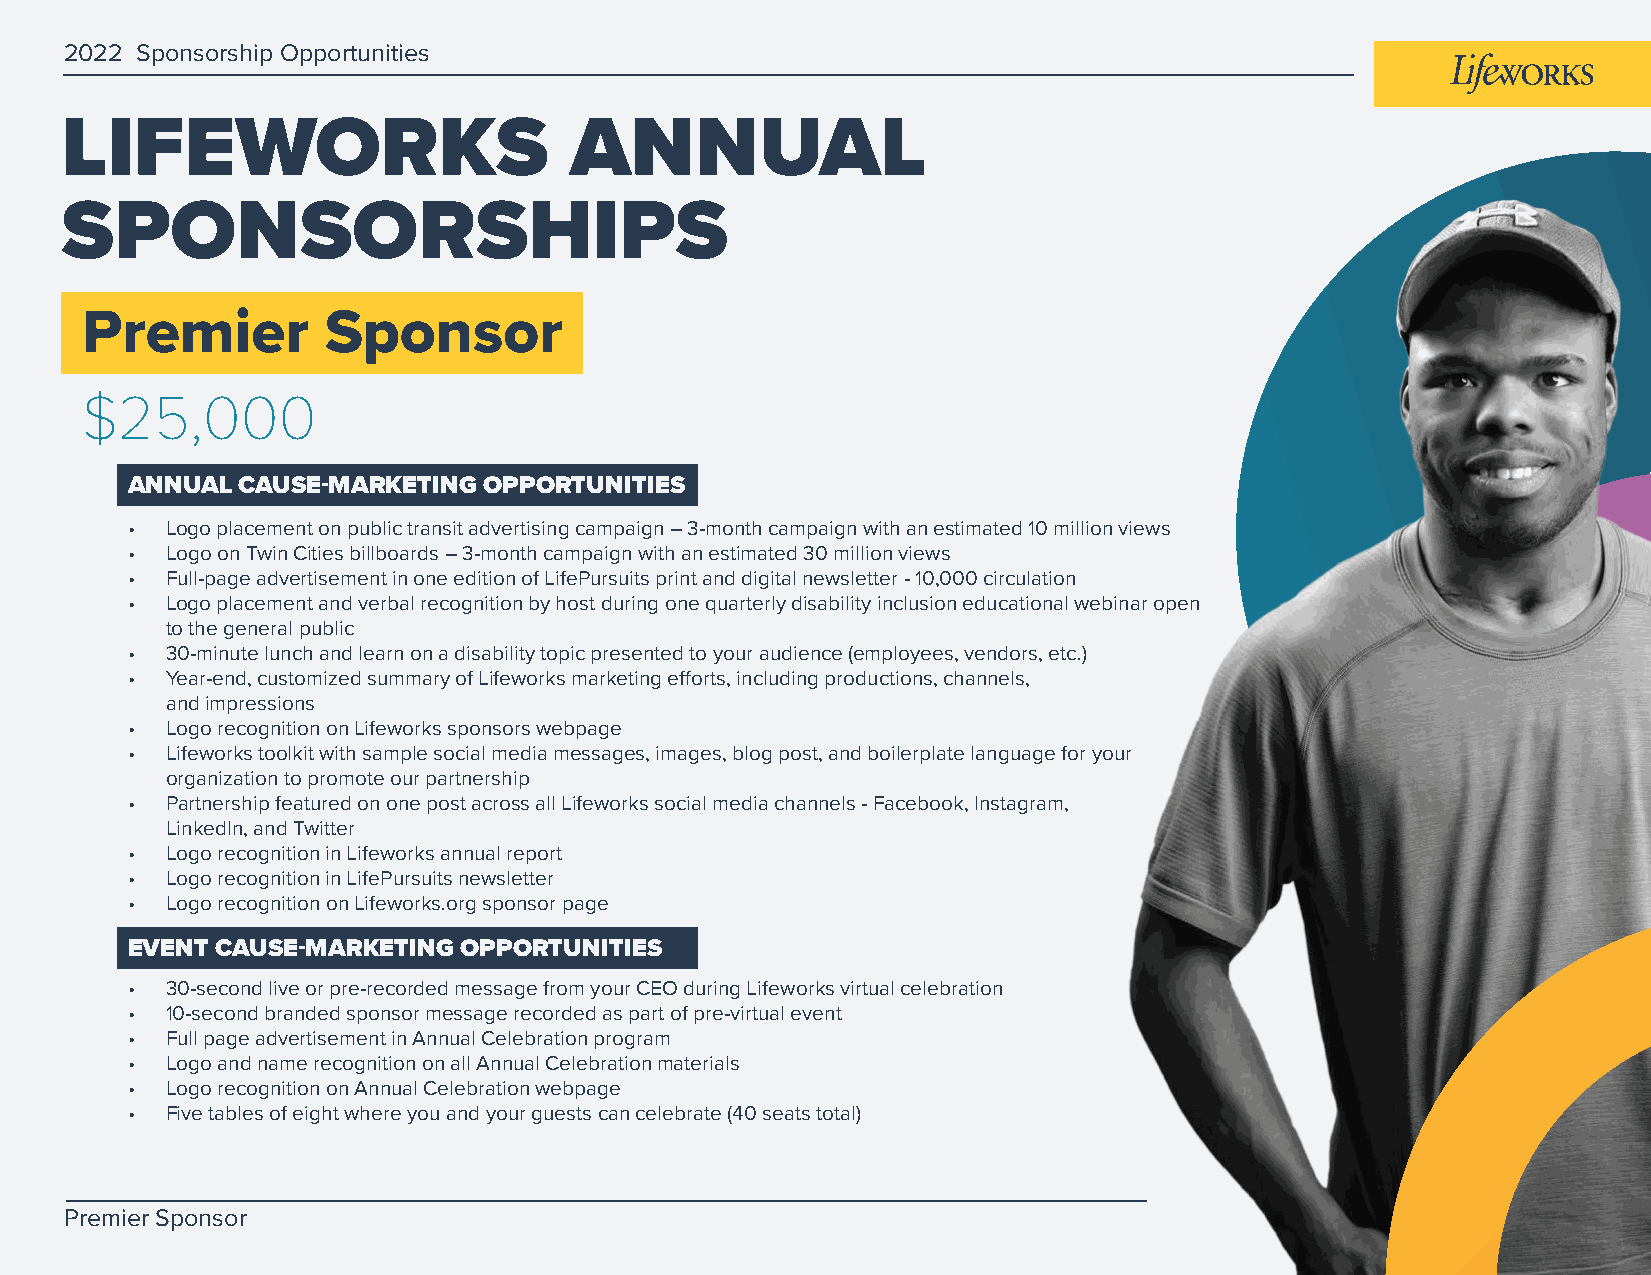
2022 Sponsorship Opportunities
 LIFEWORKS                         ANNUAL
 SPONSORSHIPS
 Premier          Sponsor
 $25,000
 ANNUAL  CAUSE-MARKETING OPPORTUNITIES
 •  Logo placement on public transit advertising campaign – 3-month campaign with an estimated 10 million views
 •  Logo on Twin Cities billboards – 3-month campaign with an estimated 30 million views
 •  Full-page advertisement in one edition of LifePursuits print and digital newsletter - 10,000 circulation
 •  Logo placement and verbal recognition by host during one quarterly disability inclusion educational webinar open
 to the general public
 •  30-minute lunch and learn on a disability topic presented to your audience (employees, vendors, etc.)
 •  Year-end, customized summary of Lifeworks marketing efforts, including productions, channels,
 and impressions
 •  Logo recognition on Lifeworks sponsors webpage
 •  Lifeworks toolkit with sample social media messages, images, blog post, and boilerplate language for your
 organization to promote our partnership
 •  Partnership featured on one post across all Lifeworks social media channels - Facebook, Instagram,
 LinkedIn, and Twitter
 •  Logo recognition in Lifeworks annual report
 •  Logo recognition in LifePursuits newsletter
 •  Logo recognition on Lifeworks.org sponsor page
 EVENT CAUSE-MARKETING  OPPORTUNITIES
 •  30-second live or pre-recorded message from your CEO during Lifeworks virtual celebration
 •  10-second branded sponsor message recorded as part of pre-virtual event
 •  Full page advertisement in Annual Celebration program
 •  Logo and name recognition on all Annual Celebration materials
 •  Logo recognition on Annual Celebration webpage
 •  Five tables of eight where you and your guests can celebrate (40 seats total)
 Premier Sponsor